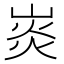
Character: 𤈹